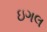
ઇગલ